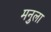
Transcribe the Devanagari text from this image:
मनुला